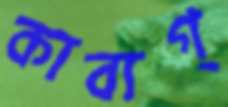
কাব্যগ্